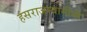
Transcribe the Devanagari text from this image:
हंसराजस्वामींनी